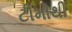
ટીમોથી